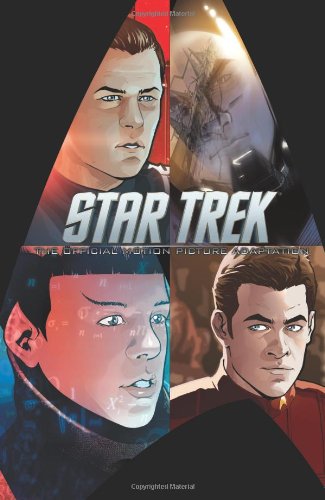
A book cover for Star Trek: Movie Adaptation (Star Trek (IDW)); Robert Orci; Comics & Graphic Novels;